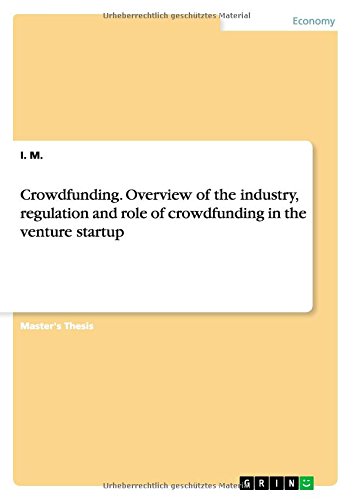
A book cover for Crowdfunding. Overview of the industry, regulation and role of crowdfunding in the venture startup; I. M.; Business & Money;